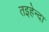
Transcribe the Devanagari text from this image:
तइहेन्दा